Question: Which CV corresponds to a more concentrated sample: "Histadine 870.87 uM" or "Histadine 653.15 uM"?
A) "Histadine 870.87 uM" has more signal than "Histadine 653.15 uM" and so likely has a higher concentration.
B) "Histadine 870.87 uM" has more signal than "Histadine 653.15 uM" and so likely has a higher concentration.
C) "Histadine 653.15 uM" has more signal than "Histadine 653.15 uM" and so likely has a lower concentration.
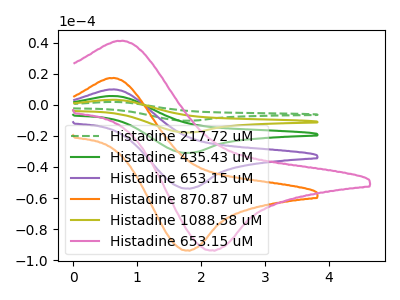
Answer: <think>The green dashed curve "Histadine 217.72 uM" has an anodic peak at (0.60V, 39.65uA) and a cathodic peak at (1.80V, -215.35uA). The green curve "Histadine 435.43 uM" has an anodic peak at (0.60V, 19.85uA) and a cathodic peak at (1.80V, -107.65uA). The purple curve "Histadine 653.15 uM" has an anodic peak at (0.60V, 9.90uA) and a cathodic peak at (1.80V, -53.85uA). The orange curve "Histadine 870.87 uM" has an anodic peak at (0.60V, 17.25uA) and a cathodic peak at (1.80V, -93.70uA). The olive curve "Histadine 1088.58 uM" has an anodic peak at (0.60V, 29.75uA) and a cathodic peak at (1.80V, -161.50uA). The pink curve "Histadine 653.15 uM" has an anodic peak at (0.70V, 41.20uA) and a cathodic peak at (2.15V, -93.60uA).
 All the peaks in "Histadine 870.87 uM" have a peak in "Histadine 653.15 uM" at the same potential. Every peak in "Histadine 870.87 uM" is higher than every peak in "Histadine 653.15 uM".</think>
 <answer>A) "Histadine 870.87 uM" has more signal than "Histadine 653.15 uM" and so likely has a higher concentration.</answer>
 <eval>A</eval>